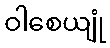
ဝါစေယျုံ